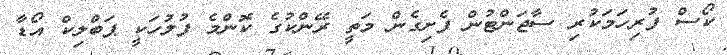
ކޯސް ފުރިހަމަކުރި ސާޖަންޓުން ފެށިގެން މަތީ ރޭންކުގެ ކޮންމެ ފުލުހަކީ ޕަބްލިކް އޯޑާ